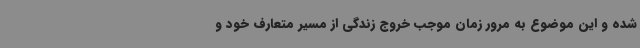
شده و این موضوع به مرور زمان موجب خروج زندگی از مسیر متعارف خود و